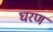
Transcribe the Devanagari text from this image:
घरण